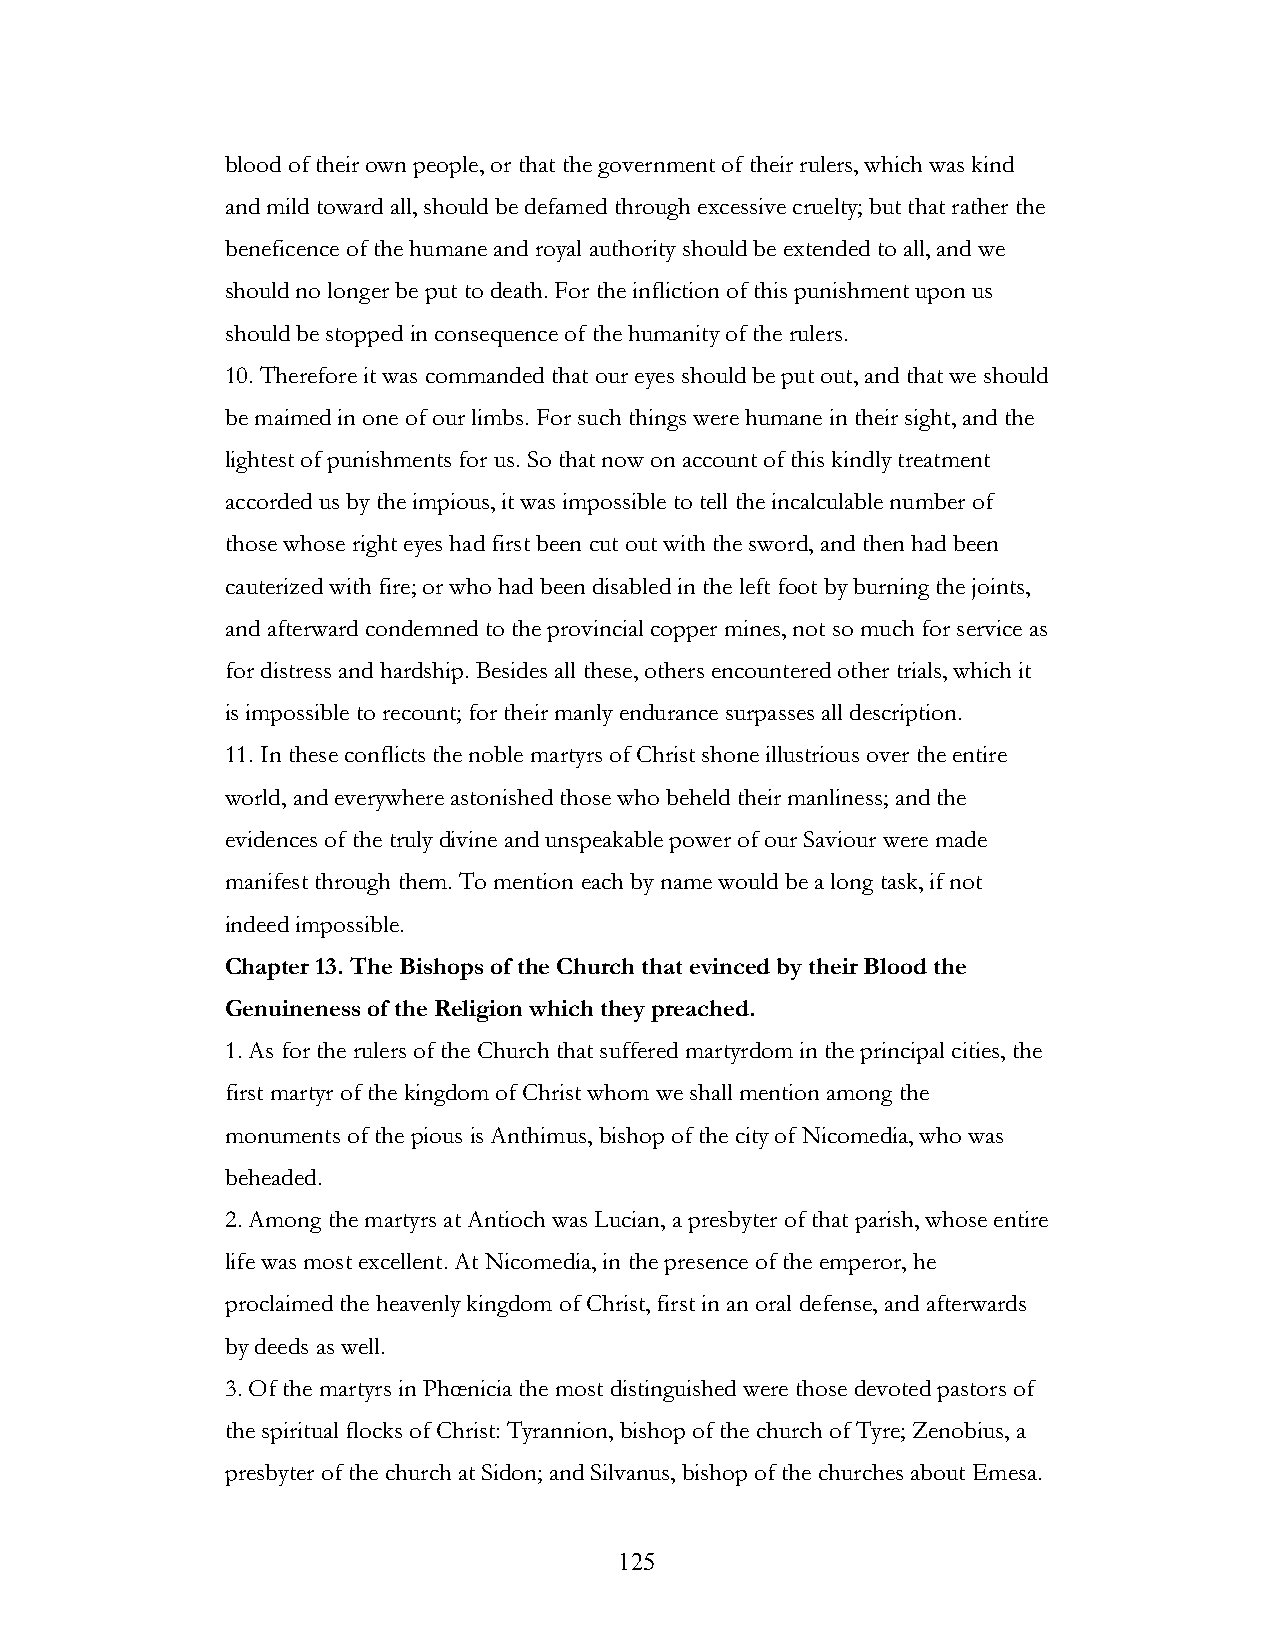
blood of their own people, or that the government of their rulers, which was kind
 and mild toward all, should be defamed through excessive cruelty; but that rather the
 beneficence of the humane and royal authority should be extended to all, and we
 should no longer be put to death. For the infliction of this punishment upon us
 should be stopped in consequence of the humanity of the rulers.
 10. Therefore it was commanded that our eyes should be put out, and that we should
 be maimed in one of our limbs. For such things were humane in their sight, and the
 lightest of punishments for us. So that now on account of this kindly treatment
 accorded us by the impious, it was impossible to tell the incalculable number of
 those whose right eyes had first been cut out with the sword, and then had been
 cauterized with fire; or who had been disabled in the left foot by burning the joints,
 and afterward condemned to the provincial copper mines, not so much for service as
 for distress and hardship. Besides all these, others encountered other trials, which it
 is impossible to recount; for their manly endurance surpasses all description.
 11. In these conflicts the noble martyrs of Christ shone illustrious over the entire
 world, and everywhere astonished those who beheld their manliness; and the
 evidences of the truly divine and unspeakable power of our Saviour were made
 manifest through them. To mention each by name would be a long task, if not
 indeed impossible.
 Chapter 13. The Bishops of the Church that evinced by their Blood the
 Genuineness of the Religion which they preached.
 1. As for the rulers of the Church that suffered martyrdom in the principal cities, the
 first martyr of the kingdom of Christ whom we shall mention among the
 monuments of the pious is Anthimus, bishop of the city of Nicomedia, who was
 beheaded.
 2. Among the martyrs at Antioch was Lucian, a presbyter of that parish, whose entire
 life was most excellent. At Nicomedia, in the presence of the emperor, he
 proclaimed the heavenly kingdom of Christ, first in an oral defense, and afterwards
 by deeds as well.
 3. Of the martyrs in Phœnicia the most distinguished were those devoted pastors of
 the spiritual flocks of Christ: Tyrannion, bishop of the church of Tyre; Zenobius, a
 presbyter of the church at Sidon; and Silvanus, bishop of the churches about Emesa.
 !                         125